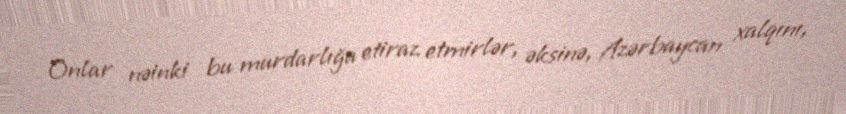
Onlar nəinki bu murdarlığa etiraz etmirlər, əksinə, Azərbaycan xalqını,